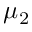
\mu _ { 2 }